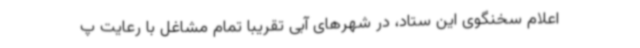
اعلام سخنگوی این ستاد، در شهرهای آبی تقریبا تمام مشاغل با رعایت پ